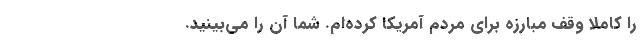
را کاملا وقف مبارزه برای مردم آمریکا کرده‌ام. شما آن را می‌بینید.